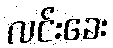
လင်းခေး